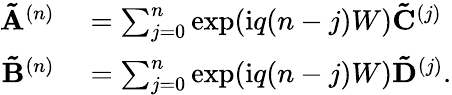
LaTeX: \begin{array}{rl}{\mathbf{\tilde{A}}^{(n)}}&{{}=\sum_{j=0}^{n}\exp(\mathrm{i}q(n-j)W)\mathbf{\tilde{C}}^{(j)}}\\ {\mathbf{\tilde{B}}^{(n)}}&{{}=\sum_{j=0}^{n}\exp(\mathrm{i}q(n-j)W)\mathbf{\tilde{D}}^{(j)}.}\end{array}